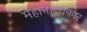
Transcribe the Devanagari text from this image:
महानाट्यकार